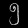
Digit: ၅